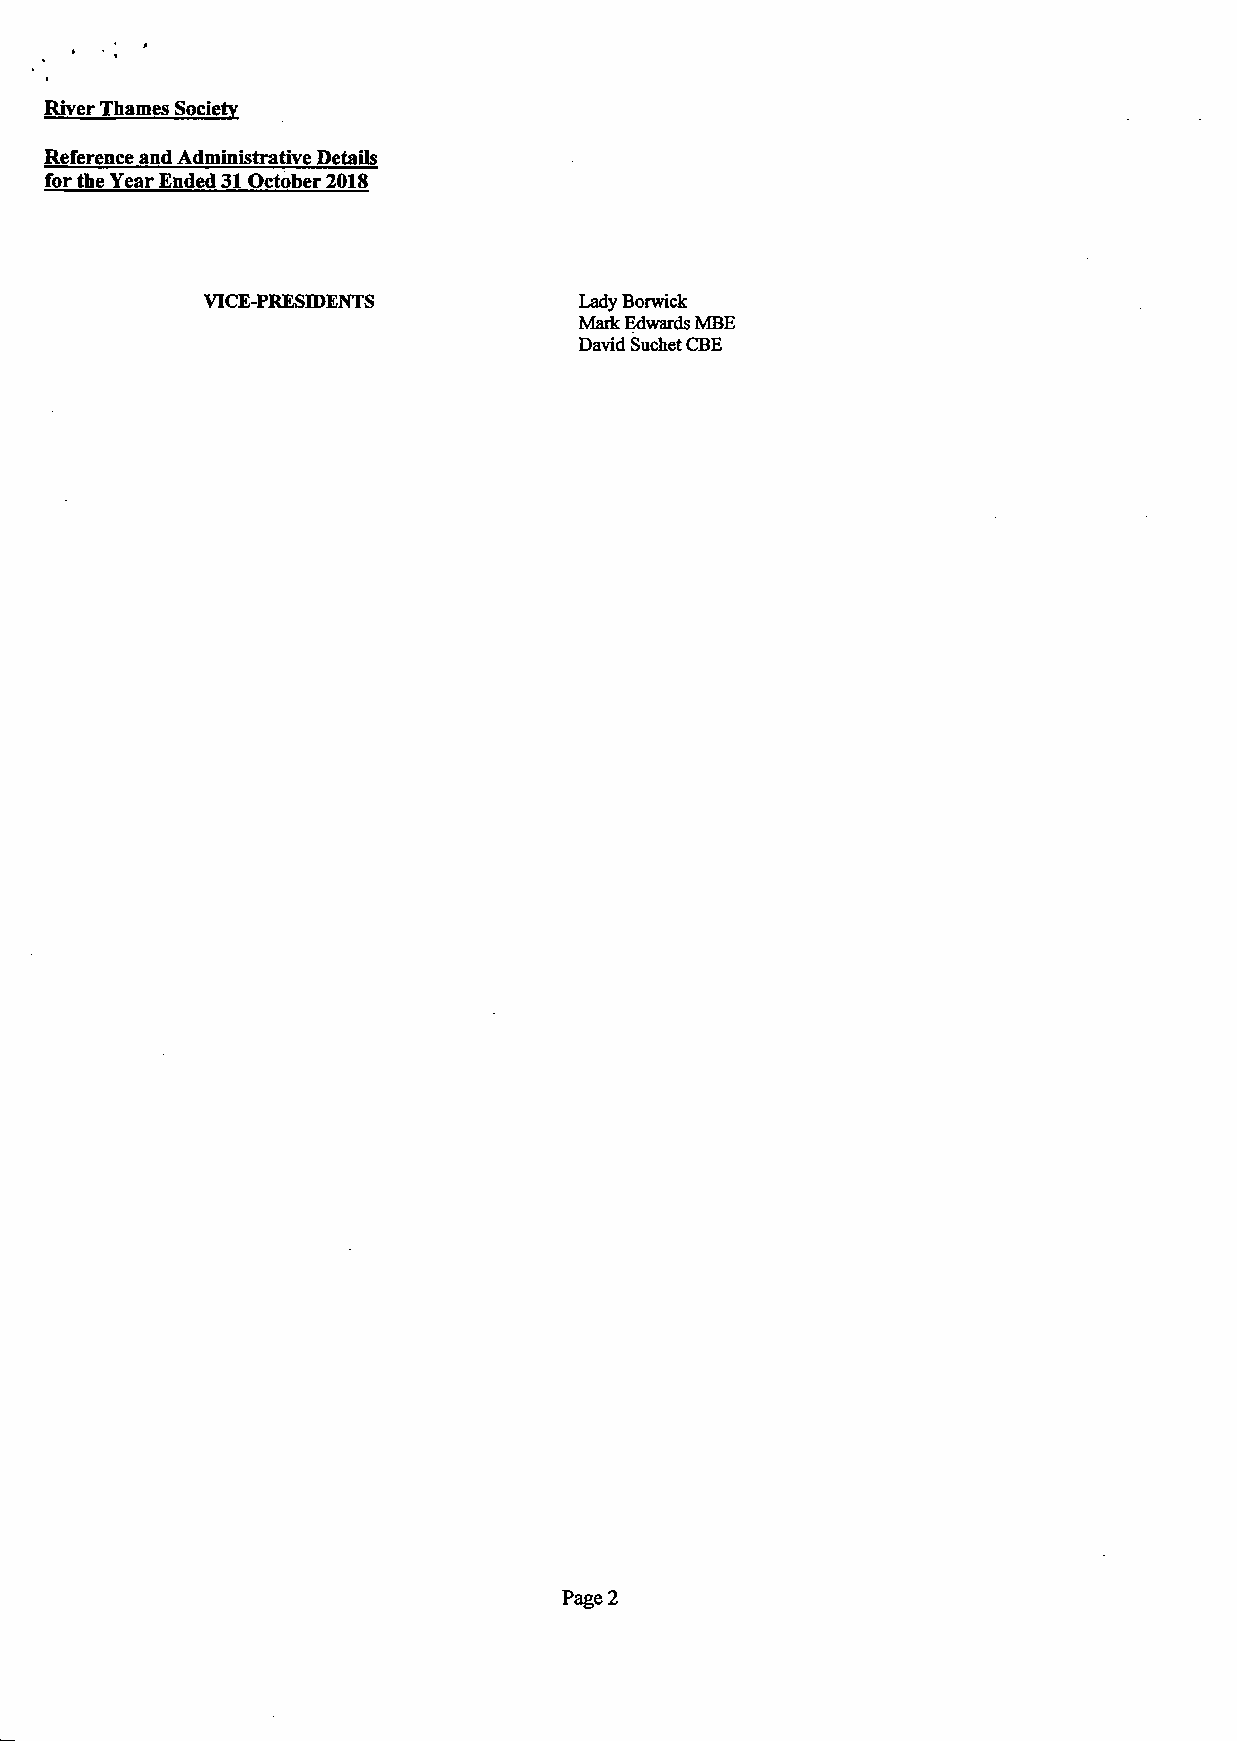
River Thames Society
 Reference and Administrative Details
 for the Year Ended 31 October 2018
 VICE-PRESIDENTS          Lady Berwick
 Mark Edwards MBE
 David Suchet CBE
 Page 2